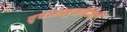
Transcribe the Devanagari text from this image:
वृषभानुनंदिनी